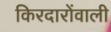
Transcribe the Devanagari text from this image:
किरदारोंवाली